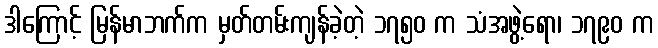
ဒါကြောင့် မြန်မာဘက်က မှတ်တမ်းကျန်ခဲ့တဲ့ ၁၇၅၀ က သံအဖွဲ့ရော၊ ၁၇၉၀ က